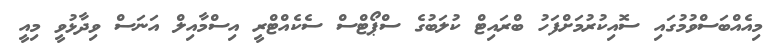
މިއެއްބަސްވުމުގައި ސޮއިކުރުމަށްފަހު ބްރައިޓް ކުލަބުގެ ސްޕޯޓްސް ސެކެއްޓްރީ އިސްމާއިލް އަނަސް ވިދާޅުވީ މިއީ